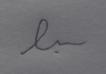
Signature authenticity: forged